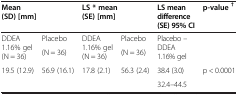
| <COLSPAN=2> Mean (SD) [mm] | <COLSPAN=2> LS * mean (SE) [mm] | LS mean difference (SE) 95% CI | p-value † |
 | --- | --- | --- | --- | --- | --- |
 | <ROWSPAN=2> DDEA 1.16% gel (N = 36) | Placebo | <ROWSPAN=2> DDEA 1.16% gel (N = 36) | Placebo | <ROWSPAN=2> Placebo – DDEA 1.16% gel |  |
 | (N = 36) | (N = 36) |  |
 | 19.5 (12.9) | 56.9 (16.1) | 17.8 (2.1) | 56.3 (2.4) | 38.4 (3.0) | p < 0.0001 |
 |  |  |  |  | 32.4–44.5 |  |